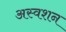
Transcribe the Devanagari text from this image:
अस्वशन